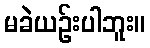
မခဲယဉ်းပါဘူး။